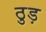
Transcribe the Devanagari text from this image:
ठुड़